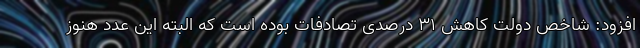
افزود: شاخص دولت کاهش ۳۱ درصدی تصادفات بوده است که البته این عدد هنوز